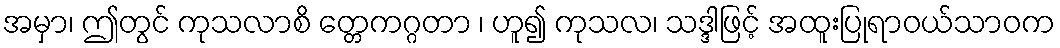
အမှာ၊ ဤတွင် ကုသလာစိ တ္တေကဂ္ဂတာ ၊ ဟူ၍ ကုသလ၊ သဒ္ဒါဖြင့် အထူးပြုရာဝယ်သာဝက